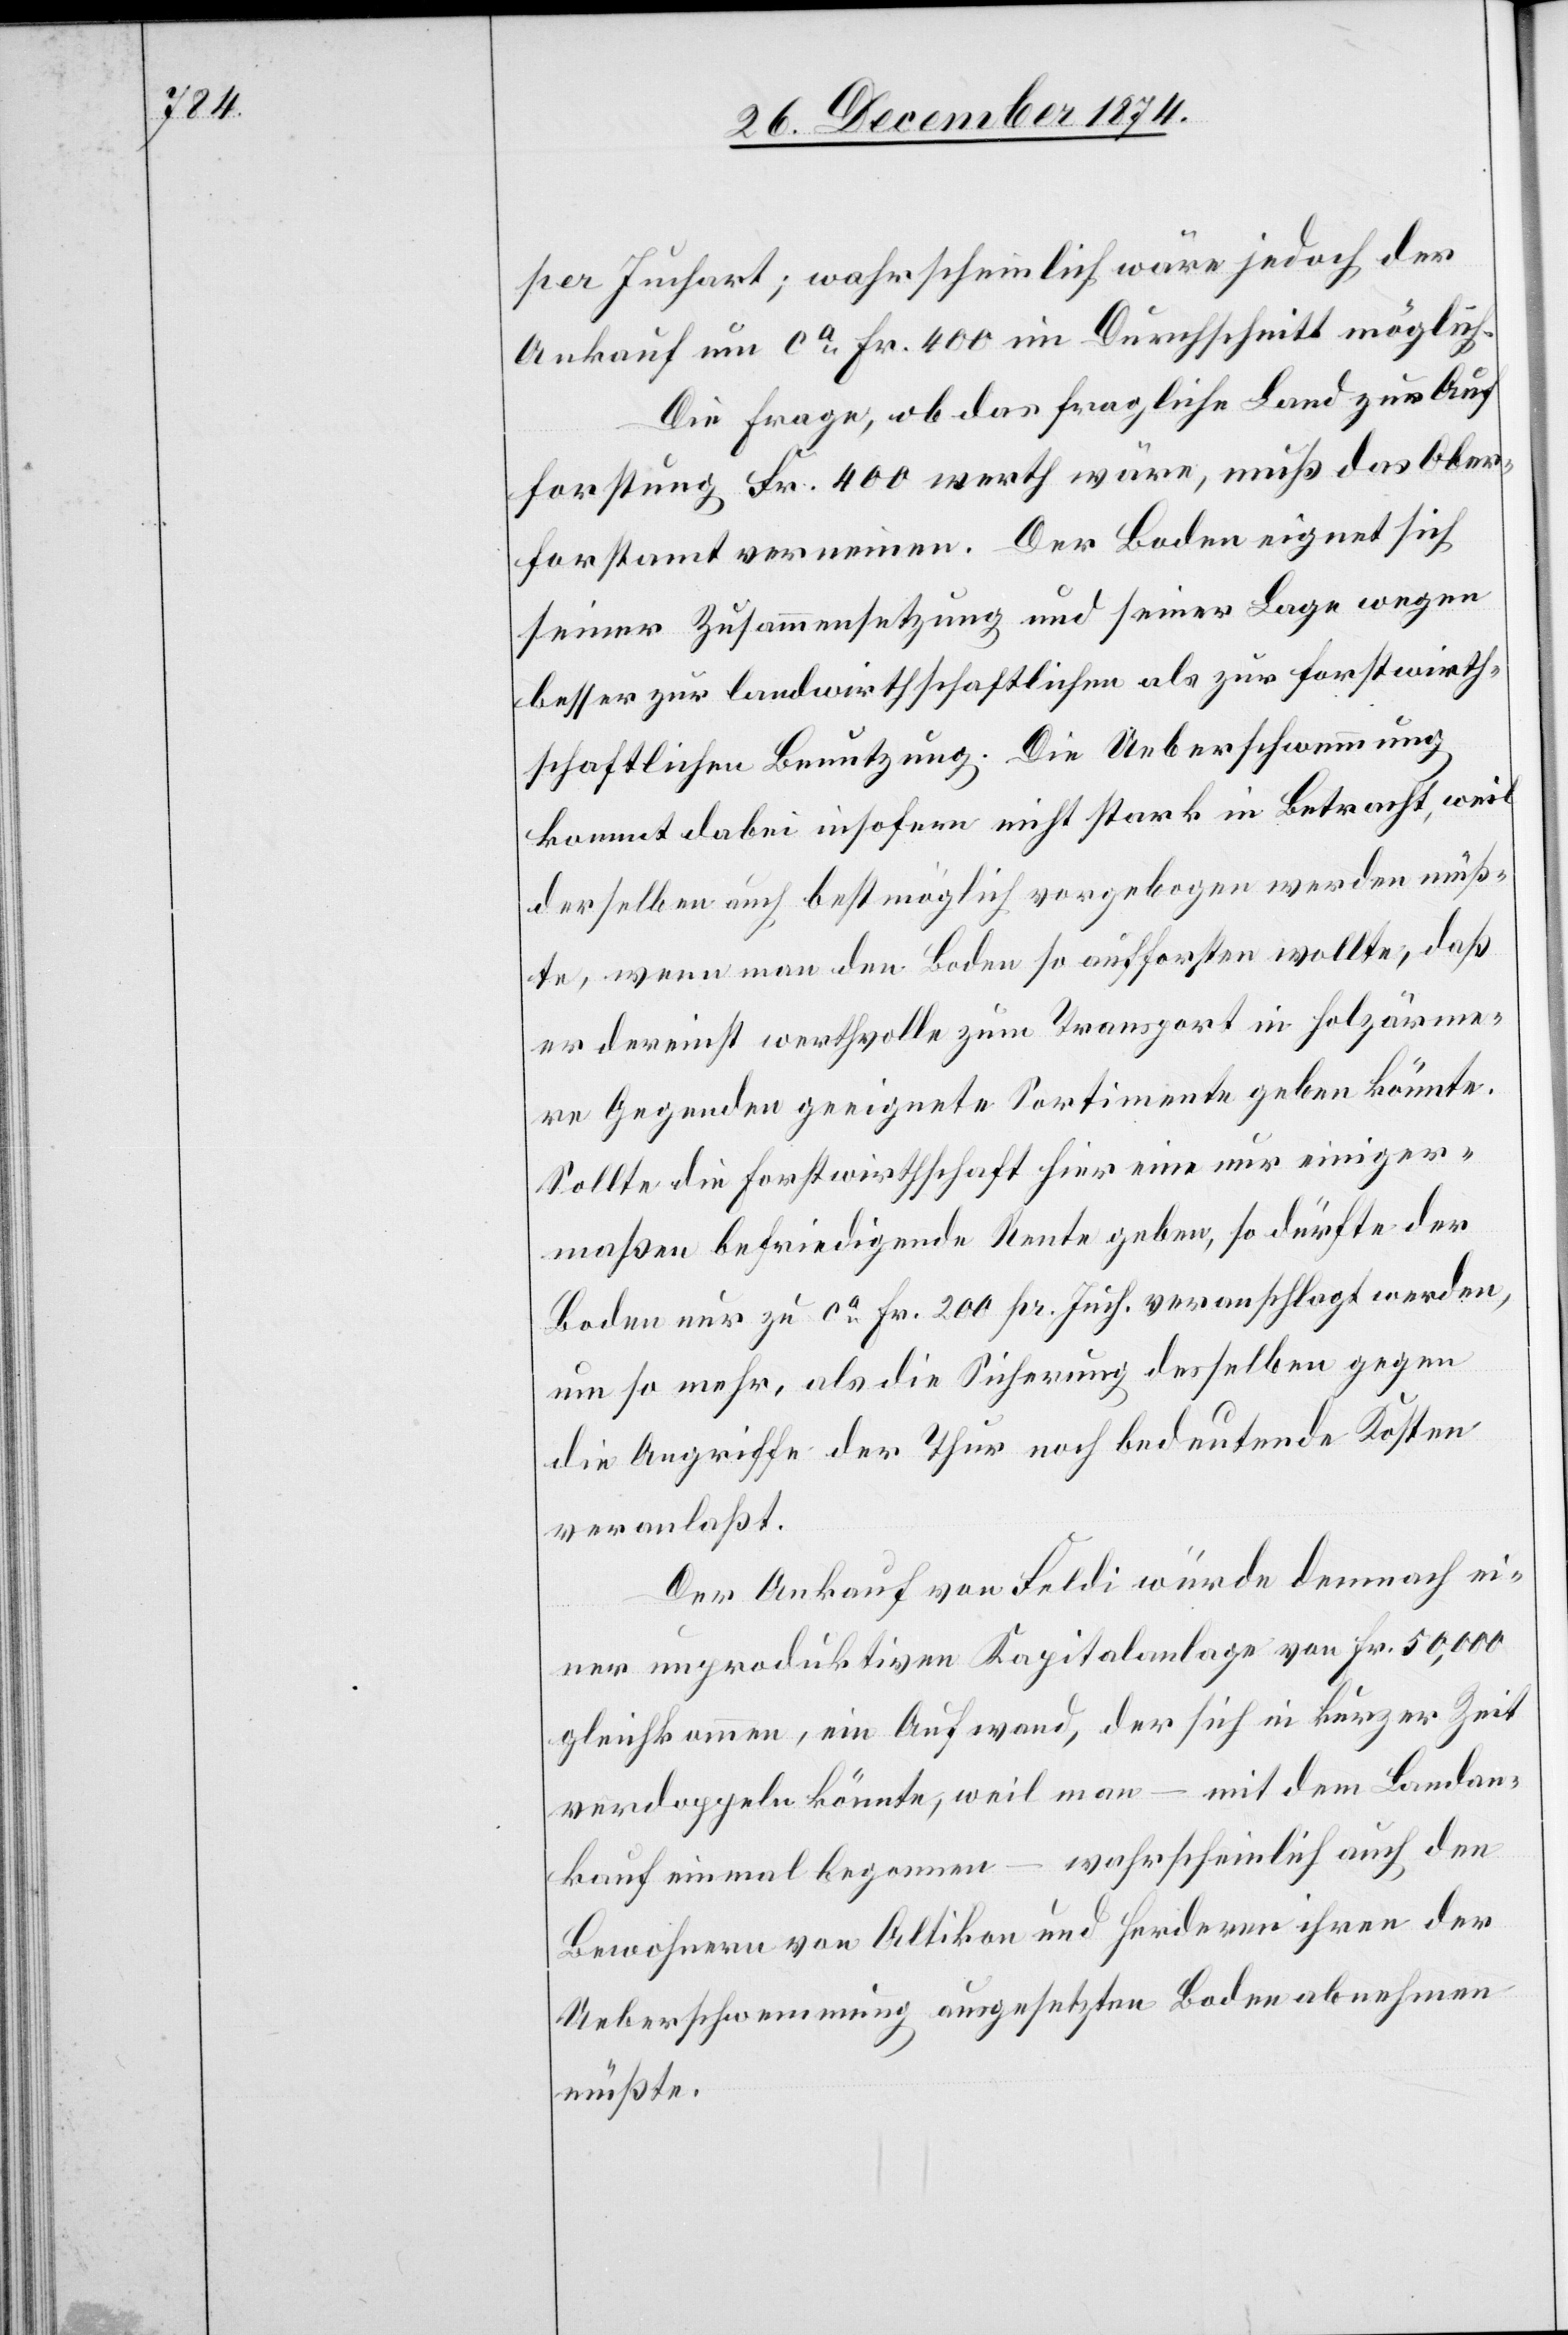
per Juchart; wahrscheinlich wäre jedoch der
Ankauf um ca Fr. 400 im Durchschnitt möglich.
Die Frage, ob das fragliche Land zur Auf¬
forstung Fr. 400 werth wäre, muß das Ober¬
forstamt verneinen. Der Boden eignet sich
seiner Zusammensetzung und seiner Lage wegen
besser zur landwirthschaftlichen als zur forstwirth¬
schaftlichen Benutzung. Die Ueberschwemmung
kommt dabei insofern nicht stark in Betracht, weil
derselben auch bestmöglich vorgebogen werden müß¬
te, wenn man den Boden so aufforsten wollte, daß
er dereinst werthvolle zum Transport in holzärme¬
re Gegenden geeignete Sortimente geben könnte.
Sollte die Forstwirthschaft hier eine nur einiger¬
maßen befriedigende Rente geben, so dürfte der
Boden nur zu ca Fr. 200 pr. Juch. veranschlagt werden,
um so mehr, als die Sicherung desselben gegen
die Angriffe der Thur noch bedeutende Kosten
veranlaßt.
Der Ankauf von Feldi würde demnach ei¬
ner unproduktiven Kapitalanlage von Fr. 50,000
gleichkommen, ein Aufwand, der sich in kurzer Zeit
verdoppeln könnte, weil man – mit dem Landan¬
kauf einmal begonnen – wahrscheinlich auch den
Bewohnern von Altikon und Herderen ihren der
Ueberschwemmung ausgesetzten Boden abnehmen
müßte.